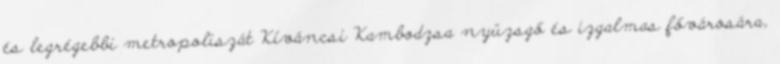
és legrégebbi metropoliszát Kíváncsi Kambodzsa nyüzsgő és izgalmas fővárosára,